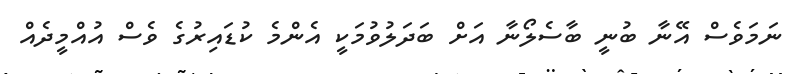
ނަމަވެސް އޭނާ ބުނީ ބާސެލޯނާ އަށް ބަދަލުވުމަކީ އެންމެ ކުޑައިރުގެ ވެސް އުއްމީދެއް